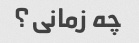
چه زمانی؟